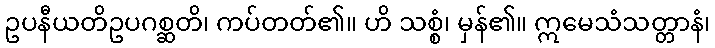
ဥပနီယတိဥပဂစ္ဆတိ၊ ကပ်တတ်၏။ ဟိ သစ္စံ၊ မှန်၏။ ဣမေသံသတ္တာနံ၊